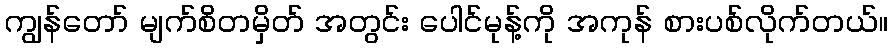
ကျွန်တော် မျက်စိတမှိတ် အတွင်း ပေါင်မုန့်ကို အကုန် စားပစ်လိုက်တယ်။